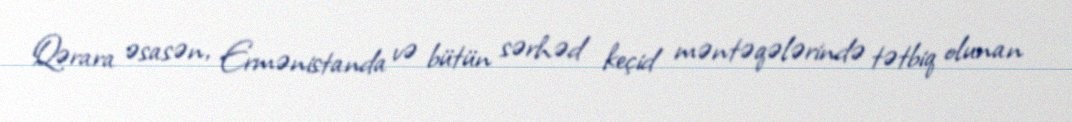
Qərara əsasən, Ermənistanda və bütün sərhəd keçid məntəqələrində tətbiq olunan